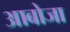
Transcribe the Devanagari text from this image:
आबोजा